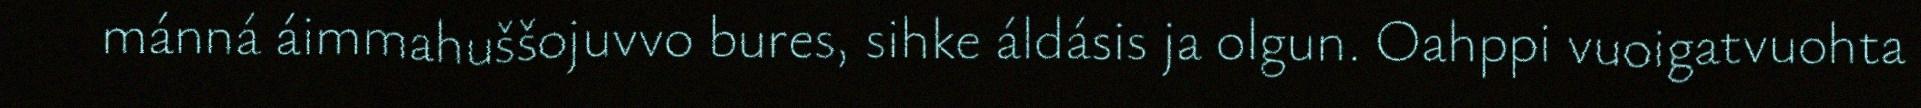
mánná áimmahuššojuvvo bures, sihke áldásis ja olgun. Oahppi vuoigatvuohta